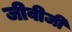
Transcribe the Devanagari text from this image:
जीवीजी